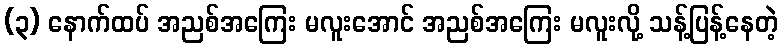
(၃) နောက်ထပ် အညစ်အကြေး မလူးအောင် အညစ်အကြေး မလူးလို့ သန့်ပြန့်နေတဲ့